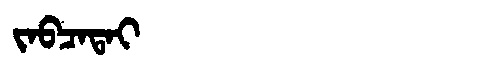
Manchu: ᠵᠠᠪᠴᠠᡨᠠᡳ
Romanization: JABCATAI